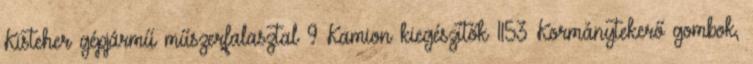
Kisteher gépjármű műszerfalasztal 9 Kamion kiegészítők 1153 Kormánytekerő gombok,